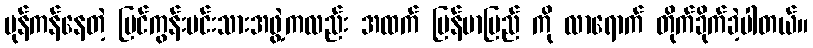
ပုန်ကန်နေတဲ့ မြင်ကွန်းမင်းသားအဖွဲ့ကလည်း အထက် မြန်မာပြည် ကို လာရောက် တိုက်ခိုက်ခဲ့ပါတယ်။